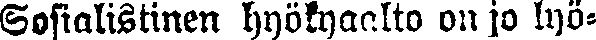
Sosialistinen hyökyaalto on jo lyö-